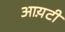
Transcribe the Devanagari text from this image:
आय़टी